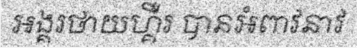
អង្គរថាយហ្គឺរ បានអំពាវនាវ